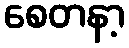
စေတနာ့